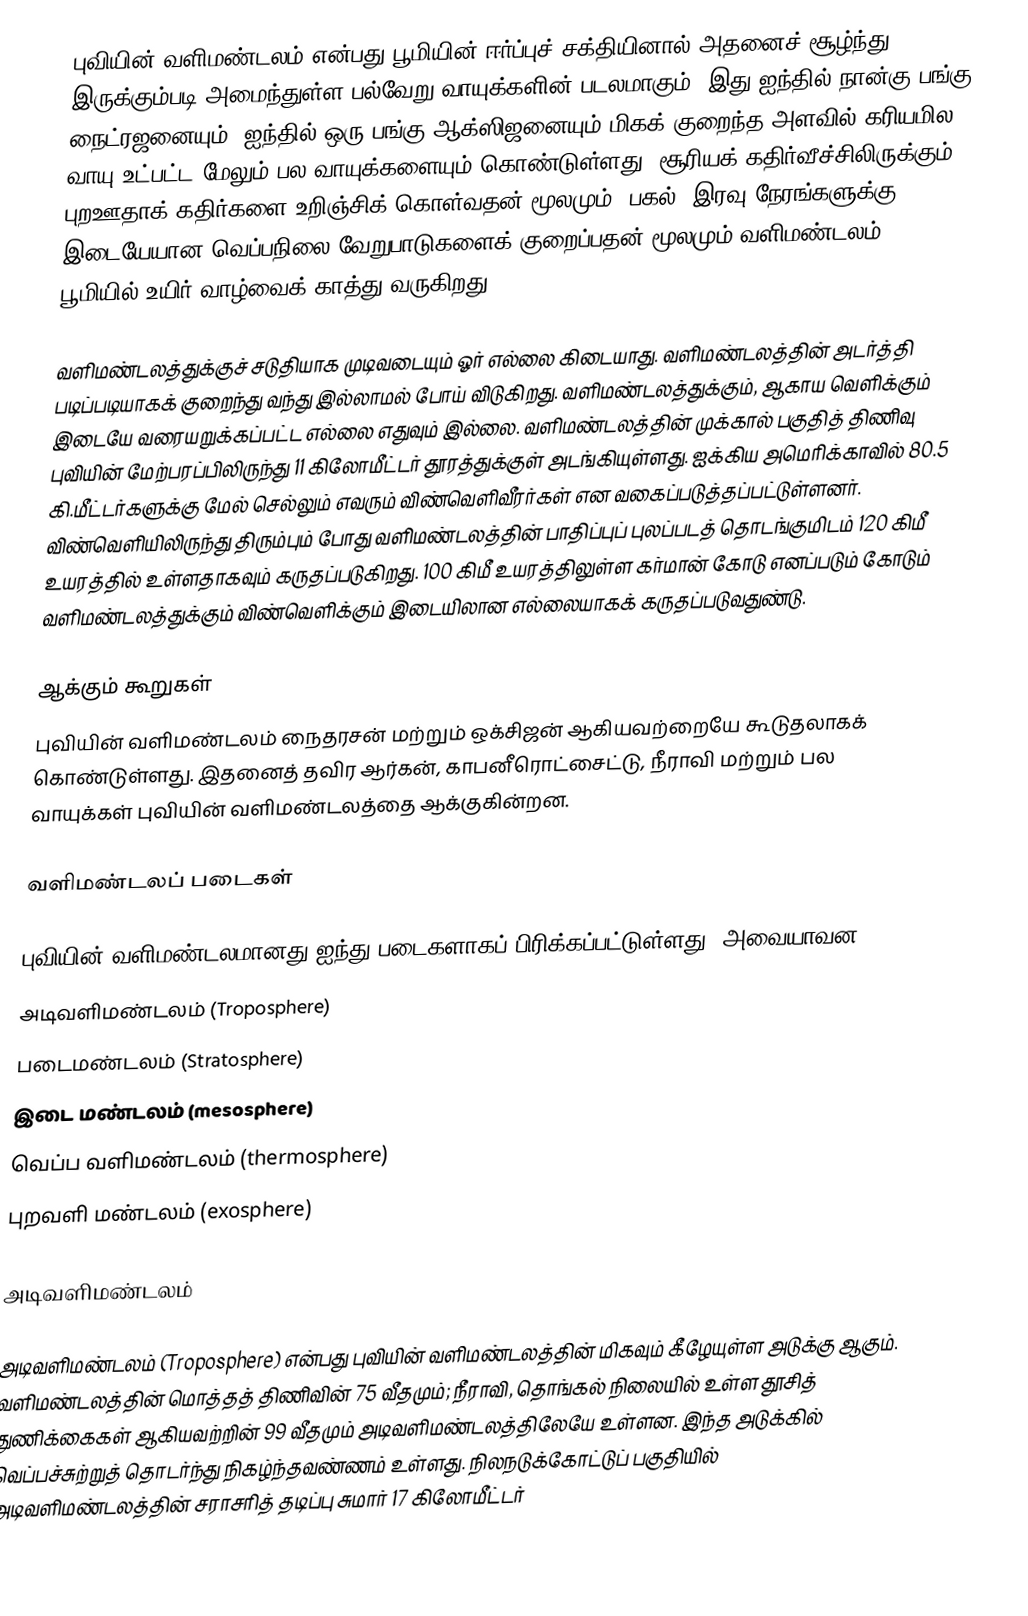
புவியின் வளிமண்டலம் என்பது பூமியின் ஈர்ப்புச் சக்தியினால் அதனைச் சூழ்ந்து இருக்கும்படி அமைந்துள்ள பல்வேறு வாயுக்களின் படலமாகும். இது ஐந்தில் நான்கு பங்கு நைட்ரஜனையும், ஐந்தில் ஒரு பங்கு ஆக்ஸிஜனையும் மிகக் குறைந்த அளவில் கரியமில வாயு உட்பட்ட மேலும் பல வாயுக்களையும் கொண்டுள்ளது. சூரியக் கதிர்வீச்சிலிருக்கும் புறஊதாக் கதிர்களை உறிஞ்சிக் கொள்வதன் மூலமும், பகல், இரவு நேரங்களுக்கு இடையேயான வெப்பநிலை வேறுபாடுகளைக் குறைப்பதன் மூலமும் வளிமண்டலம் பூமியில் உயிர் வாழ்வைக் காத்து வருகிறது.

வளிமண்டலத்துக்குச் சடுதியாக முடிவடையும் ஓர் எல்லை கிடையாது. வளிமண்டலத்தின் அடர்த்தி படிப்படியாகக் குறைந்து வந்து இல்லாமல் போய் விடுகிறது. வளிமண்டலத்துக்கும், ஆகாய வெளிக்கும் இடையே வரையறுக்கப்பட்ட எல்லை எதுவும் இல்லை. வளிமண்டலத்தின் முக்கால் பகுதித் திணிவு புவியின் மேற்பரப்பிலிருந்து 11 கிலோமீட்டர் தூரத்துக்குள் அடங்கியுள்ளது. ஐக்கிய அமெரிக்காவில் 80.5 கி.மீட்டர்களுக்கு மேல் செல்லும் எவரும் விண்வெளிவீரர்கள் என வகைப்படுத்தப்பட்டுள்ளனர். விண்வெளியிலிருந்து திரும்பும் போது வளிமண்டலத்தின் பாதிப்புப் புலப்படத் தொடங்குமிடம் 120 கிமீ உயரத்தில் உள்ளதாகவும் கருதப்படுகிறது. 100 கிமீ உயரத்திலுள்ள கர்மான் கோடு எனப்படும் கோடும் வளிமண்டலத்துக்கும் விண்வெளிக்கும் இடையிலான எல்லையாகக் கருதப்படுவதுண்டு.

ஆக்கும் கூறுகள்
புவியின் வளிமண்டலம் நைதரசன் மற்றும் ஒக்சிஜன் ஆகியவற்றையே கூடுதலாகக் கொண்டுள்ளது. இதனைத் தவிர ஆர்கன், காபனீரொட்சைட்டு, நீராவி மற்றும் பல வாயுக்கள் புவியின் வளிமண்டலத்தை ஆக்குகின்றன.

வளிமண்டலப் படைகள்

புவியின் வளிமண்டலமானது ஐந்து படைகளாகப் பிரிக்கப்பட்டுள்ளது. அவையாவன
அடிவளிமண்டலம் (Troposphere)
படைமண்டலம் (Stratosphere)
இடை மண்டலம் (mesosphere)
வெப்ப வளிமண்டலம் (thermosphere)
புறவளி மண்டலம் (exosphere)

அடிவளிமண்டலம்

அடிவளிமண்டலம் (Troposphere) என்பது புவியின் வளிமண்டலத்தின் மிகவும் கீழேயுள்ள அடுக்கு ஆகும். வளிமண்டலத்தின் மொத்தத் திணிவின் 75 வீதமும்; நீராவி, தொங்கல் நிலையில் உள்ள தூசித் துணிக்கைகள் ஆகியவற்றின் 99 வீதமும் அடிவளிமண்டலத்திலேயே உள்ளன. இந்த அடுக்கில் வெப்பச்சுற்றுத் தொடர்ந்து நிகழ்ந்தவண்ணம் உள்ளது. நிலநடுக்கோட்டுப் பகுதியில் அடிவளிமண்டலத்தின் சராசரித் தடிப்பு சுமார் 17 கிலோமீட்டர்